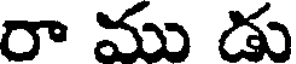
రా ము డు